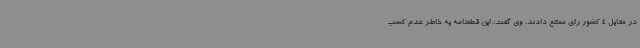
در مقابل 4 کشور رای ممتنع دادند. وی گفت: این قطعنامه به خاطر عدم کسب